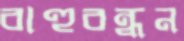
বাহুবন্ধন